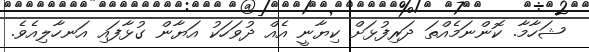
ޝަހާމާ. ކޮންނަމެއްތަ ދަރިފުޅަށް ކިޔާނީ އެއް ދުވަހަކު އަޔާން ގުޅާފައި އަނހާލިއެވެ.